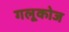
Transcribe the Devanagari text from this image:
गलूकोज